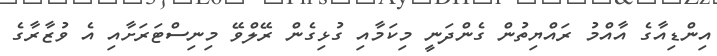
އިންޑިއާގެ އާއްމު ރައްޔިތުން ގެންދަނީ މިކަމާއި ގުޅިގެން ރޭލްވޭ މިނިސްޓަރަށާއި އެ ވުޒާރާގެ